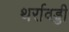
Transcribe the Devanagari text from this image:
थर्रावड्डी